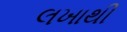
લખાથી